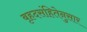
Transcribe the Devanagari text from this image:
बृहदसंहितेनुसार